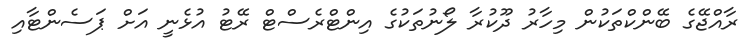
ރާއްޖޭގެ ބޭންކްތަކުން މިހާރު ދޫކުރާ ލޯނުތަކުގެ އިންޓްރެސްޓް ރޭޓު އުޅެނީ އަށް ޕަސެންޓާއި